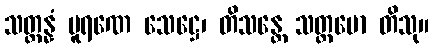
သတ္တန္နံ ပူရဏေ သေဋ္ဌေ၊ တိသန္တေ သတ္တမော တိသု။